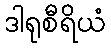
ဒါရုစီရိယံ